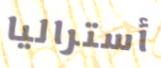
أستراليا